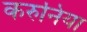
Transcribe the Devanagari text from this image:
करुनिया